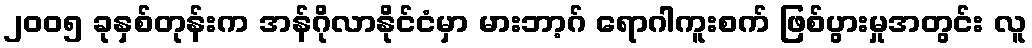
၂၀၀၅ ခုနှစ်တုန်းက အန်ဂိုလာနိုင်ငံမှာ မားဘာ့ဂ် ရောဂါကူးစက် ဖြစ်ပွားမှုအတွင်း လူ